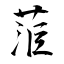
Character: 菃